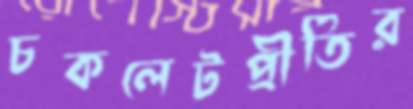
চকলেটপ্রীতির